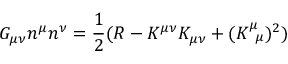
G _ { \mu \nu } n ^ { \mu } n ^ { \nu } = { \frac { 1 } { 2 } } ( R - K ^ { \mu \nu } K _ { \mu \nu } + ( K _ { ~ \mu } ^ { \mu } ) ^ { 2 } )